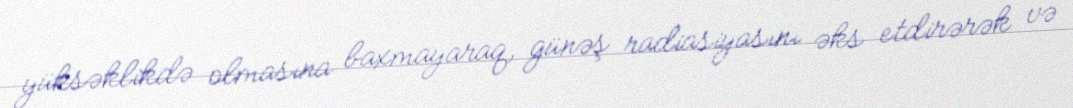
yüksəklikdə olmasına baxmayaraq, günəş radiasiyasını əks etdirərək və